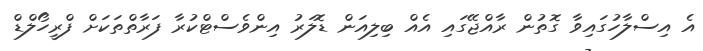
އެ އިސްލާހުގައިވާ ގޮތުން ރާއްޖޭގައި އެއް ބިލިއަން ޑޮލަރު އިންވެސްޓްކުރާ ފަރާތްތަކަށް ފްރީހޯލްޑް